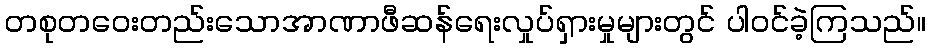
တစုတဝေးတည်းသောအာဏာဖီဆန်ရေးလှုပ်ရှားမှုများတွင် ပါဝင်ခဲ့ကြသည်။